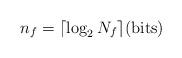
LaTeX: \begin{align*}n_f = \lceil\log_2 N_f \rceil (\textrm{bits})\end{align*}